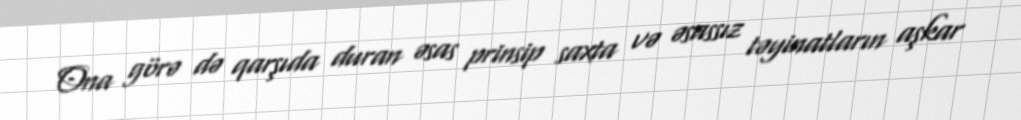
Ona görə də qarşıda duran əsas prinsip saxta və əsassız təyinatların aşkar